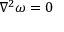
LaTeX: \nabla ^ { 2 } { \boldsymbol { \omega } } = 0